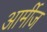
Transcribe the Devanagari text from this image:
आर्मीज